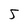
Character: S